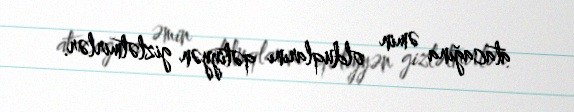
atacağına əmin olduqlarını qətiyyən gizlətmirlər.